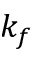
k _ { f }